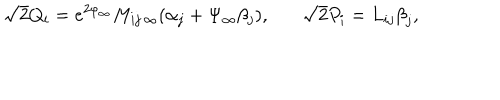
\sqrt { 2 } Q _ { i } = e ^ { 2 \varphi _ { \infty } } M _ { i j \, \infty } ( \alpha _ { j } + \Psi _ { \infty } \beta _ { j } ) , \ \ \ \sqrt { 2 } P _ { i } = L _ { i j } { \beta } _ { j } ,